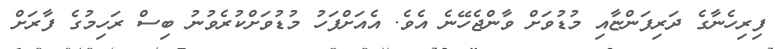
ފިރިހެނާގެ ދަރިފަންޏާއި މުޑުވަށް ވާންޖެހޭނެ އެވެ. އެއަށްފަހު މުޑުވަށްކުރެވުނު ބިސް ރަހިމުގެ ފާރަށް